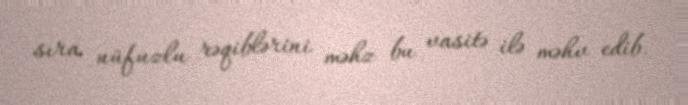
sıra nüfuzlu rəqiblərini məhz bu vasitə ilə məhv edib.